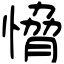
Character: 愶